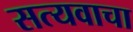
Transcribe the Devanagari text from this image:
सत्यवाचा